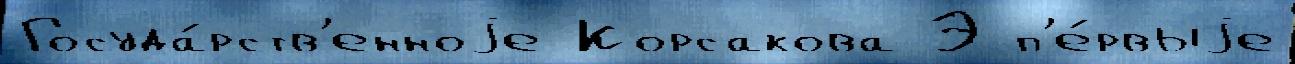
Госуда́рств'енноjе Корсакова Э п'е́рвыjе